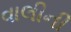
વાલીની